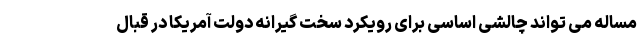
مساله می تواند چالشی اساسی برای رویکرد سخت گیرانه دولت آمریکا در قبال